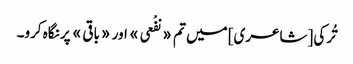
تُرکی [شاعری] میں تم «نفْعی» اور «باقی» پر نگاہ کرو۔